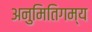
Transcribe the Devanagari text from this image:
अनुमितिगम्य